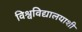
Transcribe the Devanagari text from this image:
विश्वविद्यालयाशी